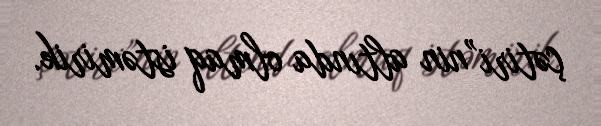
çətiri”nin altında olmaq istəmirik.